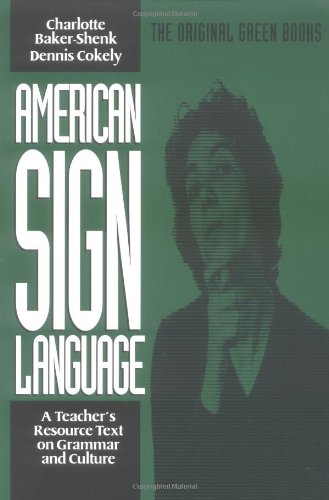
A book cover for American Sign Language Green Books, A Teacher's Resource Text on Grammar and Culture (Green Book Series); Charlotte Baker-Shenk; Reference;